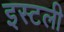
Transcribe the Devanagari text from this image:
इस्टली